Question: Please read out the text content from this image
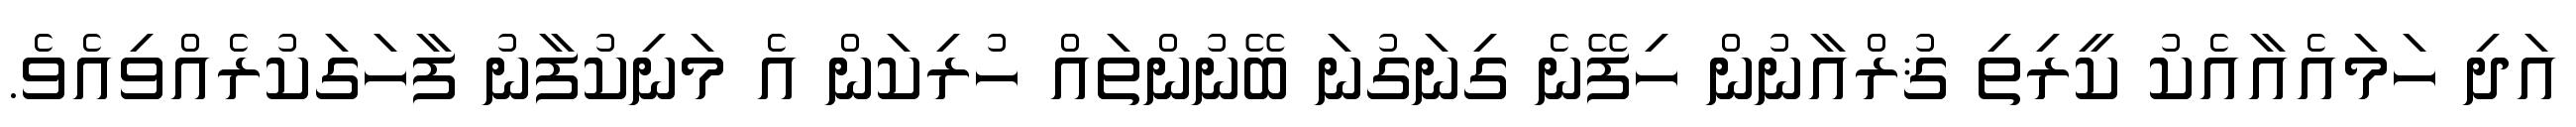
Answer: އަދި ހަމައެއާއެކު ކީރިތި ޤުރްއާނުން ހިފޭނެ ގިނަގުނަ ބޭނުންތައް ހުރިކަން އެ މަނިކުފާނު ފާހަގަކުރެއްވިއެވެ.